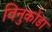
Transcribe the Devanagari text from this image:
विनुकोंडा